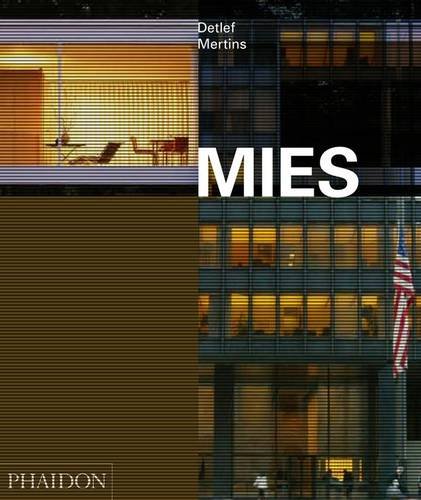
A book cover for Mies; Detlef Mertins; Arts & Photography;